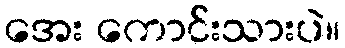
အေး ကောင်းသားပဲ။